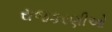
રાજકરણીઓ